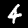
Label: 4